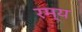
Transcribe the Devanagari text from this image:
रम्‍य